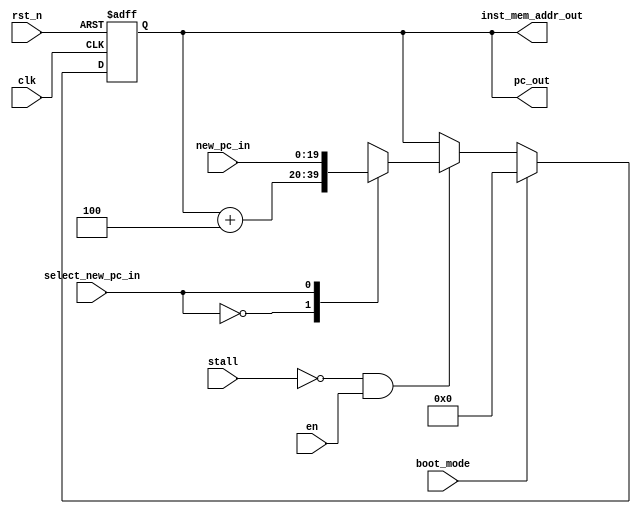
// +----------------------------------------------------------------------------
// GNU General Public License
// -----------------------------------------------------------------------------
// This file is part of uDLX (micro-DeLuX) soft IP-core.
//
// uDLX is free soft IP-core: you can redistribute it and/or modify
// it under the terms of the GNU General Public License as published by
// the Free Software Foundation, either version 3 of the License, or
// (at your option) any later version.
//
// uDLX soft core is distributed in the hope that it will be useful,
// but WITHOUT ANY WARRANTY; without even the implied warranty of
// MERCHANTABILITY or FITNESS FOR A PARTICULAR PURPOSE. See the
// GNU General Public License for more details.
//
// You should have received a copy of the GNU General Public License
// along with uDLX. If not, see <http://www.gnu.org/licenses/>.
// +----------------------------------------------------------------------------
// PROJECT: uDLX core Processor
// ------------------------------------------------------------------------------
// KEYWORDS   : instruction fetch, program counter, pc, dlx
// -----------------------------------------------------------------------------
// PURPOSE:
// -----------------------------------------------------------------------------
module top_fetch
#(
    parameter PC_DATA_WIDTH = 20,
    parameter INSTRUCTION_WIDTH = 32,
    parameter PC_INITIAL_ADDRESS = 20'h0
)(
    input clk,                                                // CPU core clock
    input rst_n,                                              // CPU core reset active low
    input en,
    input stall,                                              // Indicates a stall insertion on the datapath
    // input flush,                                              // Force flush in pipeline registers

    // input [INSTRUCTION_WIDTH-1:0] inst_mem_data_in,           // SRAM input data
    input select_new_pc_in,                                   // Signal used for branch not taken
    input [PC_DATA_WIDTH-1:0] new_pc_in,                      // New value of Program Counter

    // output reg [PC_DATA_WIDTH-1:0] new_pc_out,                // Updated value of the Program Counter
    output [PC_DATA_WIDTH-1:0] pc_out,                    // Value of the Program Counter
    // output reg [INSTRUCTION_WIDTH-1:0] instruction_reg_out,   // CPU core fetched instruction
    output [PC_DATA_WIDTH-1:0] inst_mem_addr_out,              // Instruction SRAM address bus
    input boot_mode
);


reg [PC_DATA_WIDTH-1:0] pc;
reg [PC_DATA_WIDTH-1:0] pc_mux_data;
reg [PC_DATA_WIDTH-1:0] pc_adder_data;

// -------------------------------------------------------------
// Multiplex to select new PC value
// -------------------------------------------------------------
always@(*)
begin
  case(select_new_pc_in)
    0 : pc_mux_data = pc_adder_data;
    1 : pc_mux_data = new_pc_in;
  endcase
end

// -------------------------------------------------------------
// Program Counter adder
// -------------------------------------------------------------
always@(*)
begin
  pc_adder_data = pc + 20'd4;
end

// -------------------------------------------------------------
// Program Counter regireg [FUNCTION_WIDTH-1:0] inst_function,ster
// -------------------------------------------------------------
assign inst_mem_addr_out = pc;

always@(posedge clk or negedge rst_n) begin
    if(!rst_n) begin
        pc <= PC_INITIAL_ADDRESS;
    end 
    else if (boot_mode) begin
        pc <= PC_INITIAL_ADDRESS;
    end
    else if((!stall)&en) begin
        pc <= pc_mux_data;
    end
end

assign pc_out = pc;

// -------------------------------------------------------------
// Pipeline Registers
// The if_id pipe needs only this
// ++TODO: Plance this procedure into a module.
// -------------------------------------------------------------
// always@(posedge clk or negedge rst_n)begin
//    if(!rst_n) begin
//       new_pc_out <= 0;
//       instruction_reg_out <= 0;
//    end else if(!stall)begin
//       new_pc_out <= pc;
//       if(flush)begin
//          instruction_reg_out <= 0;
//       end
//       else begin
//          instruction_reg_out <= inst_mem_data_in;
//       end
//    end
// end


endmodule